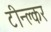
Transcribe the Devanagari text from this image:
टीन्क्लर